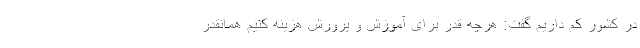
در کشور کم داریم گفت: هرچه قدر برای آموزش و پرورش هزینه کنیم همانقدر